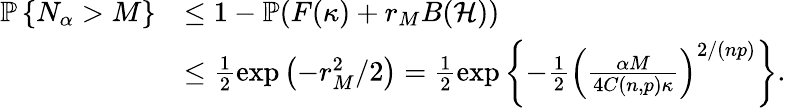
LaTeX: \begin{array}{rl}{\mathbb{P}\left\{ N_{\alpha}>M\right\} }&{\leq 1-\mathbb{P}(F(\kappa)+r_{M}B(\mathcal{H}))}\\ &{\leq\frac{1}{2}\exp\left(-r_{M}^{2}/2\right)=\frac{1}{2}\exp\left\{ -\frac{1}{2}\left(\frac{\alpha M}{4C(n,p)\kappa}\right)^{2/(np)}\right\} .}\end{array}